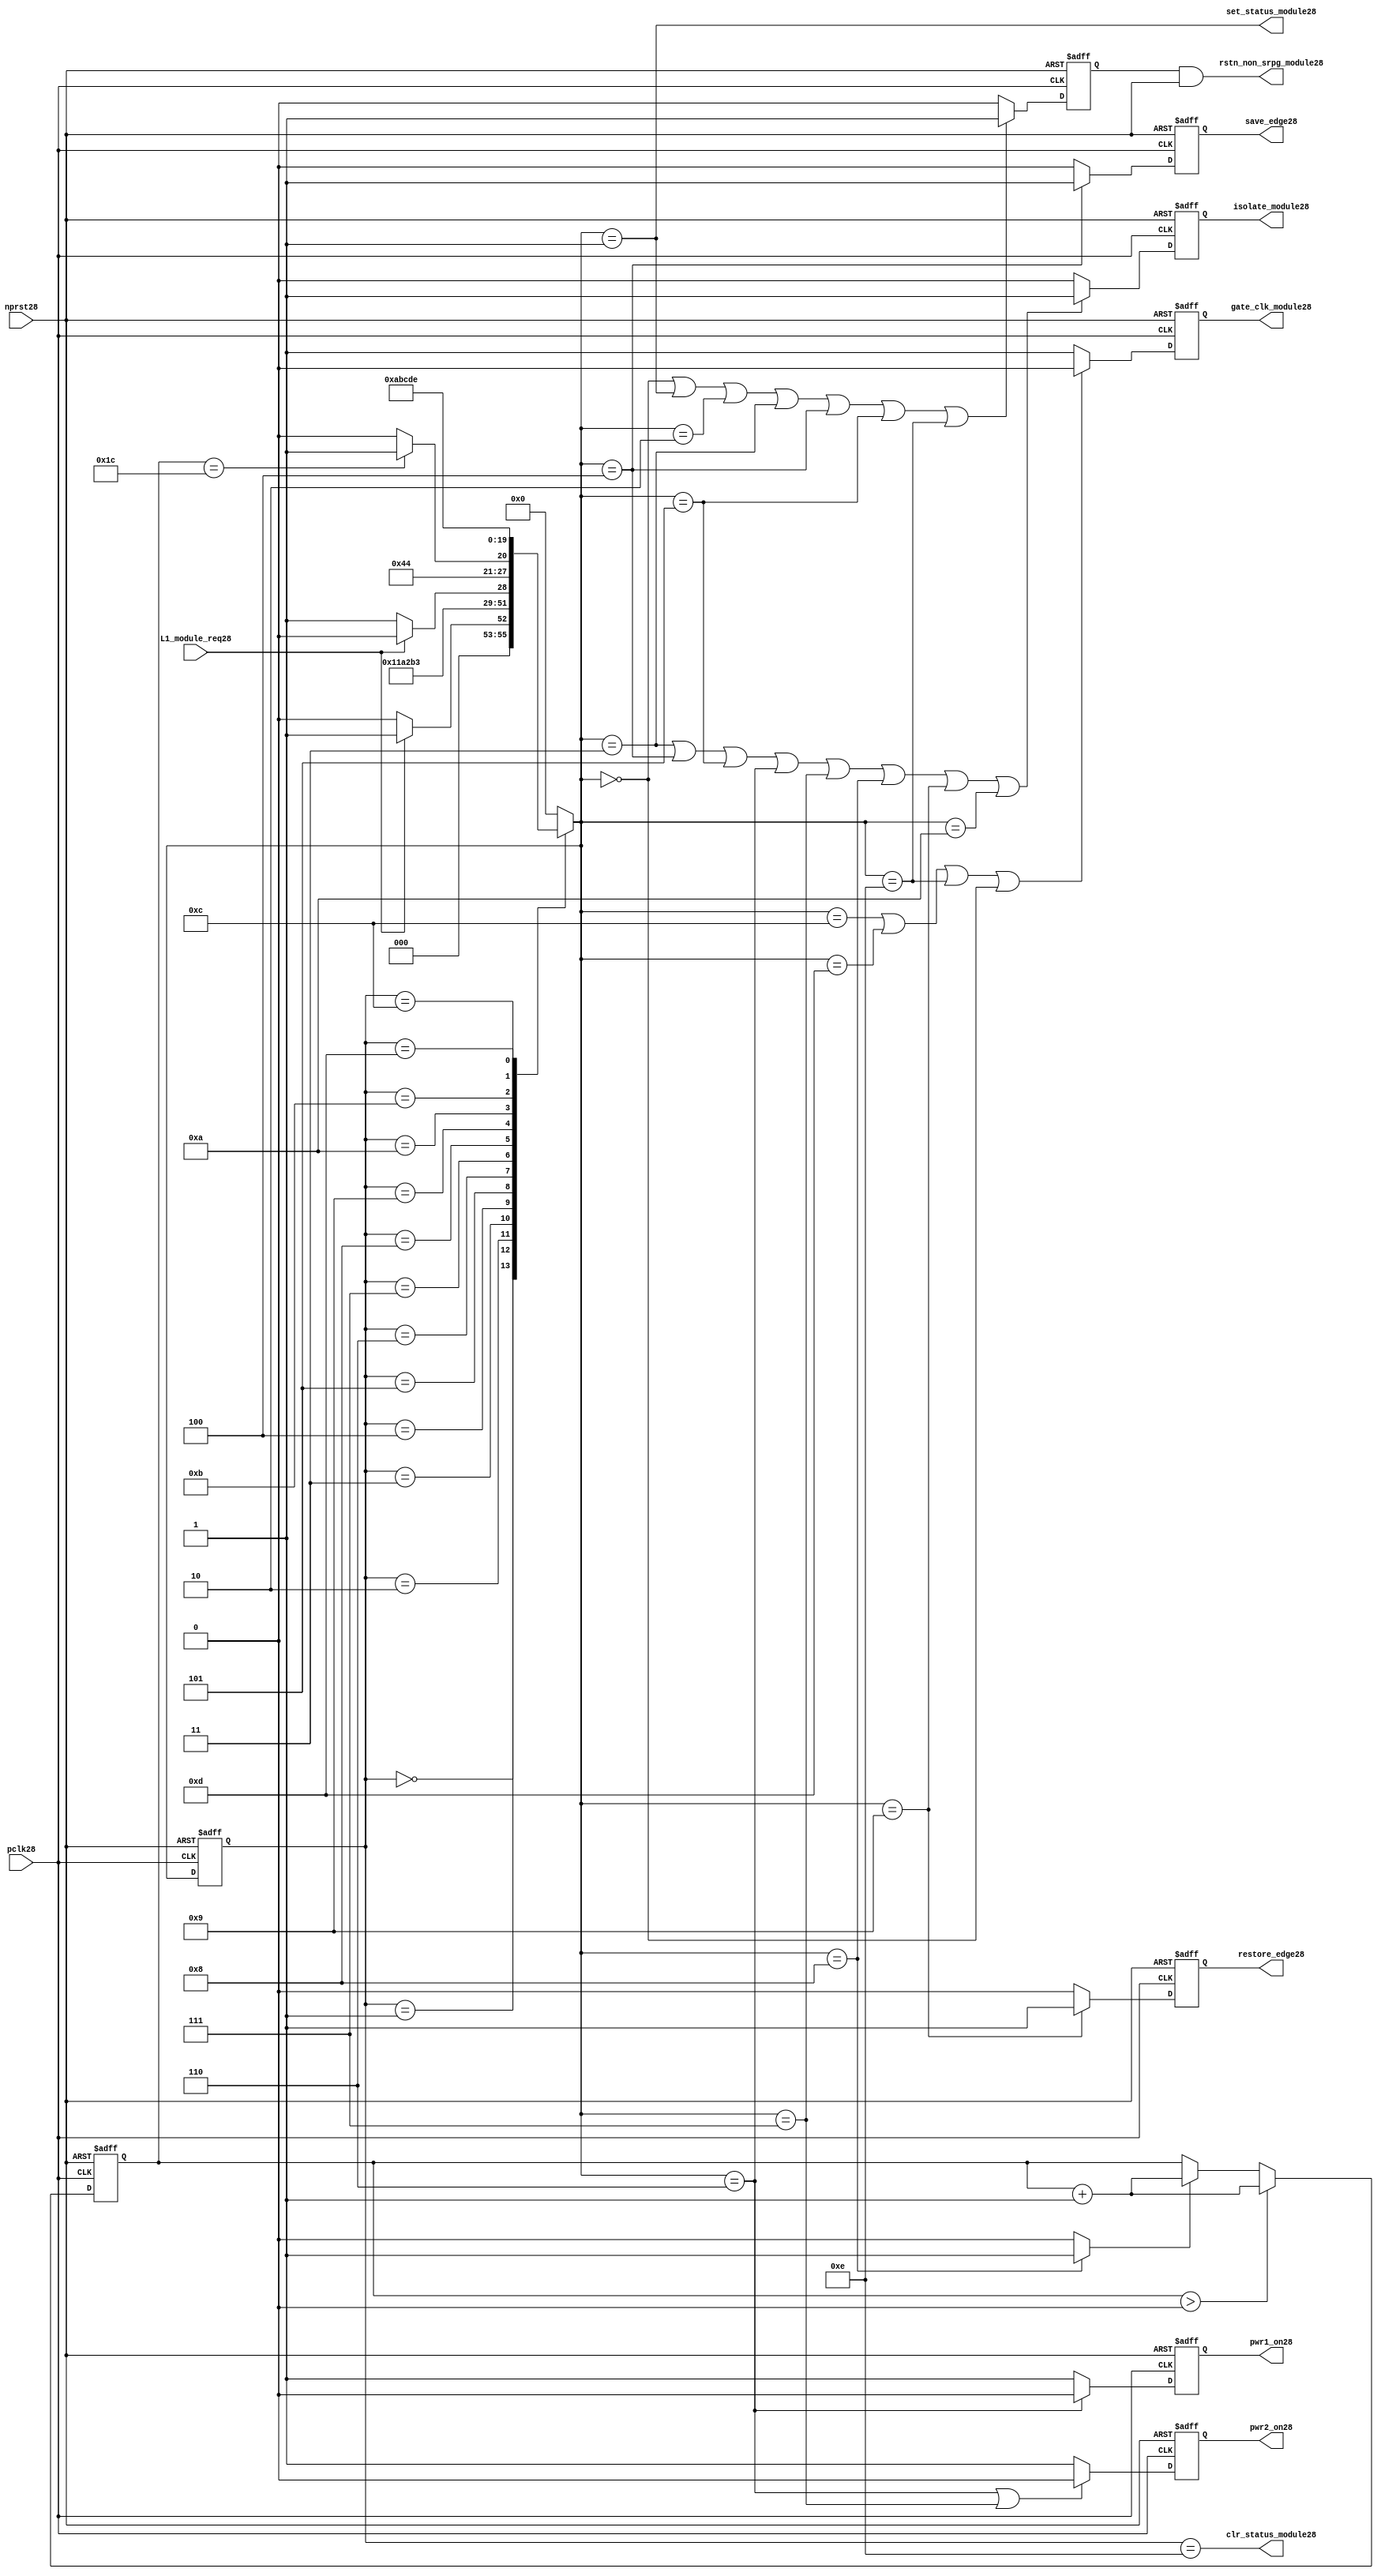
//File28 name   : power_ctrl_sm28.v
//Title28       : Power28 Controller28 state machine28
//Created28     : 1999
//Description28 : State28 machine28 of power28 controller28
//Notes28       : 
//----------------------------------------------------------------------
//   Copyright28 1999-2010 Cadence28 Design28 Systems28, Inc28.
//   All Rights28 Reserved28 Worldwide28
//
//   Licensed28 under the Apache28 License28, Version28 2.0 (the
//   "License28"); you may not use this file except28 in
//   compliance28 with the License28.  You may obtain28 a copy of
//   the License28 at
//
//       http28://www28.apache28.org28/licenses28/LICENSE28-2.0
//
//   Unless28 required28 by applicable28 law28 or agreed28 to in
//   writing, software28 distributed28 under the License28 is
//   distributed28 on an "AS28 IS28" BASIS28, WITHOUT28 WARRANTIES28 OR28
//   CONDITIONS28 OF28 ANY28 KIND28, either28 express28 or implied28.  See
//   the License28 for the specific28 language28 governing28
//   permissions28 and limitations28 under the License28.
//----------------------------------------------------------------------
module power_ctrl_sm28 (

    // Clocks28 & Reset28
    pclk28,
    nprst28,

    // Register Control28 inputs28
    L1_module_req28,
    set_status_module28,
    clr_status_module28,

    // Module28 control28 outputs28
    rstn_non_srpg_module28,
    gate_clk_module28,
    isolate_module28,
    save_edge28,
    restore_edge28,
    pwr1_on28,
    pwr2_on28

);

input    pclk28;
input    nprst28;

input    L1_module_req28;
output   set_status_module28;
output   clr_status_module28;
    
output   rstn_non_srpg_module28;
output   gate_clk_module28;
output   isolate_module28;
output   pwr1_on28;
output   pwr2_on28;
output save_edge28;
output restore_edge28;

wire    set_status_module28;
wire    clr_status_module28;

wire    rstn_non_srpg_module28;
reg     gate_clk_module28;
reg     isolate_module28;
reg     pwr1_on28;
reg     pwr2_on28;

reg save_edge28;

reg restore_edge28;
   
// FSM28 state
reg  [3:0] currentState28, nextState28;
reg     rstn_non_srpg28;
reg [4:0] trans_cnt28;

parameter Init28 = 0; 
parameter Clk_off28 = 1; 
parameter Wait128 = 2; 
parameter Isolate28 = 3; 
parameter Save_edge28 = 4; 
parameter Pre_pwr_off28 = 5; 
parameter Pwr_off28 = 6; 
parameter Pwr_on128 = 7; 
parameter Pwr_on228 = 8; 
parameter Restore_edge28 = 9; 
parameter Wait228 = 10; 
parameter De_isolate28 = 11; 
parameter Clk_on28 = 12; 
parameter Wait328 = 13; 
parameter Rst_clr28 = 14;


// Power28 Shut28 Off28 State28 Machine28

// FSM28 combinational28 process
always @  (*)
  begin
    case (currentState28)

      // Commence28 PSO28 once28 the L128 req bit is set.
      Init28:
        if (L1_module_req28 == 1'b1)
          nextState28 = Clk_off28;         // Gate28 the module's clocks28 off28
        else
          nextState28 = Init28;            // Keep28 waiting28 in Init28 state
        
      Clk_off28 :
        nextState28 = Wait128;             // Wait28 for one cycle
 
      Wait128  :                         // Wait28 for clk28 gating28 to take28 effect
        nextState28 = Isolate28;           // Start28 the isolation28 process
          
      Isolate28 :
        nextState28 = Save_edge28;
        
      Save_edge28 :
        nextState28 = Pre_pwr_off28;

      Pre_pwr_off28 :
        nextState28 = Pwr_off28;
      // Exit28 PSO28 once28 the L128 req bit is clear.

      Pwr_off28 :
        if (L1_module_req28 == 1'b0)
          nextState28 = Pwr_on128;         // Resume28 power28 if the L1_module_req28 bit is cleared28
        else
          nextState28 = Pwr_off28;         // Wait28 until the L1_module_req28 bit is cleared28
        
      Pwr_on128 :
        nextState28 = Pwr_on228;
          
      Pwr_on228 :
        if(trans_cnt28 == 5'd28)
          nextState28 = Restore_edge28;
        else 
          nextState28 = Pwr_on228;
          
      Restore_edge28 :
        nextState28 = Wait228;

      Wait228 :
        nextState28 = De_isolate28;
          
      De_isolate28 :
        nextState28 = Clk_on28;
          
      Clk_on28 :
        nextState28 = Wait328;
          
      Wait328  :                         // Wait28 for clock28 to resume
        nextState28 = Rst_clr28 ;     
 
      Rst_clr28 :
        nextState28 = Init28;
        
      default  :                       // Catch28 all
        nextState28 = Init28; 
        
    endcase
  end


  // Signals28 Sequential28 process - gate_clk_module28
always @ (posedge pclk28 or negedge nprst28)
  begin
    if (~nprst28)
      gate_clk_module28 <= 1'b0;
    else 
      if (nextState28 == Clk_on28 | nextState28 == Wait328 | nextState28 == Rst_clr28 | 
          nextState28 == Init28)
          gate_clk_module28 <= 1'b0;
      else
          gate_clk_module28 <= 1'b1;
  end

// Signals28 Sequential28 process - rstn_non_srpg28
always @ (posedge pclk28 or negedge nprst28)
  begin
    if (~nprst28)
      rstn_non_srpg28 <= 1'b0;
    else
      if ( nextState28 == Init28 | nextState28 == Clk_off28 | nextState28 == Wait128 | 
           nextState28 == Isolate28 | nextState28 == Save_edge28 | nextState28 == Pre_pwr_off28 | nextState28 == Rst_clr28)
        rstn_non_srpg28 <= 1'b1;
      else
        rstn_non_srpg28 <= 1'b0;
   end


// Signals28 Sequential28 process - pwr1_on28 & pwr2_on28
always @ (posedge pclk28 or negedge nprst28)
  begin
    if (~nprst28)
      pwr1_on28 <=  1'b1;  // power28 gates28 1 & 2 are on
    else
      if (nextState28 == Pwr_off28 )
        pwr1_on28 <= 1'b0;  // shut28 off28 both power28 gates28 1 & 2
      else
        pwr1_on28 <= 1'b1;
  end


// Signals28 Sequential28 process - pwr1_on28 & pwr2_on28
always @ (posedge pclk28 or negedge nprst28)
  begin
    if (~nprst28)
       pwr2_on28 <= 1'b1;      // power28 gates28 1 & 2 are on
    else
      if (nextState28 == Pwr_off28 | nextState28 == Pwr_on128)
        pwr2_on28 <= 1'b0;     // shut28 off28 both power28 gates28 1 & 2
      else
        pwr2_on28 <= 1'b1;
   end


// Signals28 Sequential28 process - isolate_module28 
always @ (posedge pclk28 or negedge nprst28)
  begin
    if (~nprst28)
        isolate_module28 <= 1'b0;
    else
      if (nextState28 == Isolate28 | nextState28 == Save_edge28 | nextState28 == Pre_pwr_off28 |  nextState28 == Pwr_off28 | nextState28 == Pwr_on128 |
          nextState28 == Pwr_on228 | nextState28 == Restore_edge28 | nextState28 == Wait228)
         isolate_module28 <= 1'b1;       // Activate28 the isolate28 and retain28 signals28
      else
         isolate_module28 <= 1'b0;        
   end    

// enabling save edge
always @ (posedge pclk28 or negedge nprst28)
  begin
    if (~nprst28)
        save_edge28 <= 1'b0;
    else
      if (nextState28 == Save_edge28 )
         save_edge28 <= 1'b1;       // Activate28 the isolate28 and retain28 signals28
      else
         save_edge28 <= 1'b0;        
   end    
// stabilising28 count
wire restore_change28;
assign restore_change28 = (nextState28 == Pwr_on228) ? 1'b1: 1'b0;

always @ (posedge pclk28 or negedge nprst28)
  begin
    if (~nprst28)
      trans_cnt28 <= 0;
    else if (trans_cnt28 > 0)
      trans_cnt28  <= trans_cnt28 + 1;
    else if (restore_change28)
      trans_cnt28  <= trans_cnt28 + 1;
  end

// enabling restore28 edge
always @ (posedge pclk28 or negedge nprst28)
  begin
    if (~nprst28)
        restore_edge28 <= 1'b0;
    else
      if (nextState28 == Restore_edge28)
         restore_edge28 <= 1'b1;       // Activate28 the isolate28 and retain28 signals28
      else
         restore_edge28 <= 1'b0;        
   end    


// FSM28 Sequential28 process
always @ (posedge pclk28 or negedge nprst28)
  begin
    if (~nprst28)
      currentState28 <= Init28;
    else
      currentState28 <= nextState28;
  end


// Reset28 for non-SRPG28 FFs28 is a combination28 of the nprst28 and the reset during PSO28
assign  rstn_non_srpg_module28 = rstn_non_srpg28 & nprst28;

assign  set_status_module28 = (nextState28 == Clk_off28);    // Set the L128 status bit  
assign  clr_status_module28 = (currentState28 == Rst_clr28); // Clear the L128 status bit  
  

`ifdef LP_ABV_ON28

// psl28 default clock28 = (posedge pclk28);

// Never28 have the set and clear status signals28 both set
// psl28 output_no_set_and_clear28 : assert never {set_status_module28 & clr_status_module28};



// Isolate28 signal28 should become28 active on the 
// Next28 clock28 after Gate28 signal28 is activated28
// psl28 output_pd_seq28:
//    assert always
//	  {rose28(gate_clk_module28)} |=> {[*1]; {rose28(isolate_module28)} }
//    abort28(~nprst28);
//
//
//
// Reset28 signal28 for Non28-SRPG28 FFs28 and POWER28 signal28 for
// SMC28 should become28 LOW28 on clock28 cycle after Isolate28 
// signal28 is activated28
// psl28 output_pd_seq_stg_228:
//    assert always
//    {rose28(isolate_module28)} |=>
//    {[*2]; {{fell28(rstn_non_srpg_module28)} && {fell28(pwr1_on28)}} }
//    abort28(~nprst28);
//
//
// Whenever28 pwr1_on28 goes28 to LOW28 pwr2_on28 should also go28 to LOW28
// psl28 output_pwr2_low28:
//    assert always
//    { fell28(pwr1_on28) } |->  { fell28(pwr2_on28) }
//    abort28(~nprst28);
//
//
// Whenever28 pwr1_on28 becomes HIGH28 , On28 Next28 clock28 cycle pwr2_on28
// should also become28 HIGH28
// psl28 output_pwr2_high28:
//    assert always
//    { rose28(pwr1_on28) } |=>  { (pwr2_on28) }
//    abort28(~nprst28);
//
`endif


endmodule